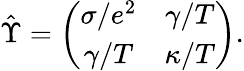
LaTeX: \hat{\Upsilon}=\left(\begin{array}{cc}{\sigma/e^{2}}&{\gamma/T}\\ {\gamma/T}&{\kappa/T}\end{array}\right).